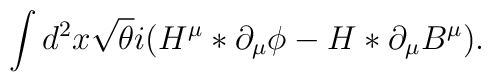
\int d^2x  \sqrt{\theta}i(H^{\mu}\ast\partial_{\mu}\phi-H\ast\partial_{\mu}B^{\mu}).